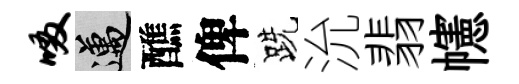
啜邁醮俾跣沇翡幰